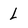
Character: L